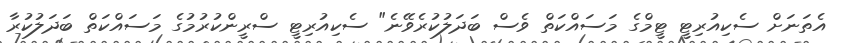
އެތަނަށް ސެކިއުރިޓީ ޓީމްގެ މަސައްކަތް ވެސް ބަދަލުކުރެވޭނެ" ސެކިއުރިޓީ ސްރީންކުރުމުގެ މަސައްކަތް ބަދަލުކުރާ